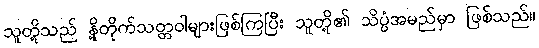
သူတို့သည် နို့တိုက်သတ္တဝါများဖြစ်ကြပြီး သူတို့၏ သိပ္ပံအမည်မှာ ဖြစ်သည်။